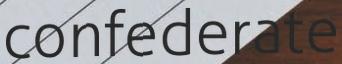
confederate